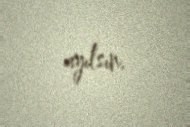
ayılsın.